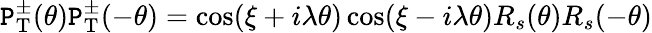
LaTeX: \mathtt{P}_{\mathrm{{T}}}^{\pm}(\theta)\mathtt{P}_{\mathrm{{T}}}^{\pm}(-\theta)=\cos(\xi+i\lambda\theta)\cos(\xi-i\lambda\theta)R_{s}(\theta)R_{s}(-\theta)